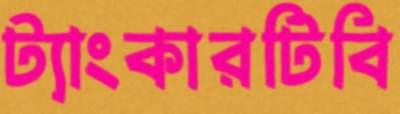
ট্যাংকারটিবি